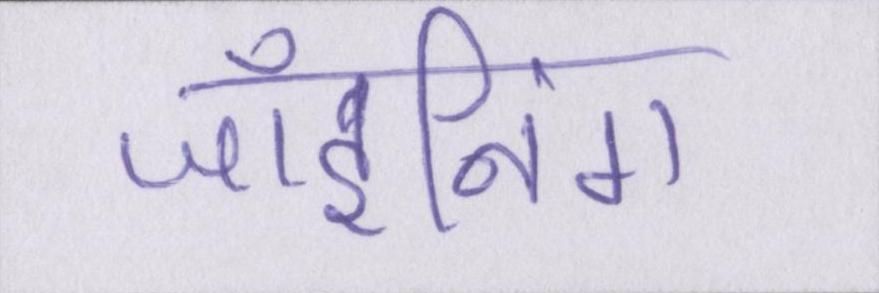
जॉइनिंग